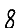
Digit: 8